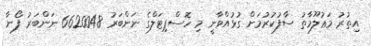
އިތުރު މަޢުލޫމާތު ސާފުކުރުމަށް ގުޅުއްވާނީ މި ހޮސްޕިޓަލްގެ ނަންބަރު 6620048 ނަންބަރު ފޯނާ